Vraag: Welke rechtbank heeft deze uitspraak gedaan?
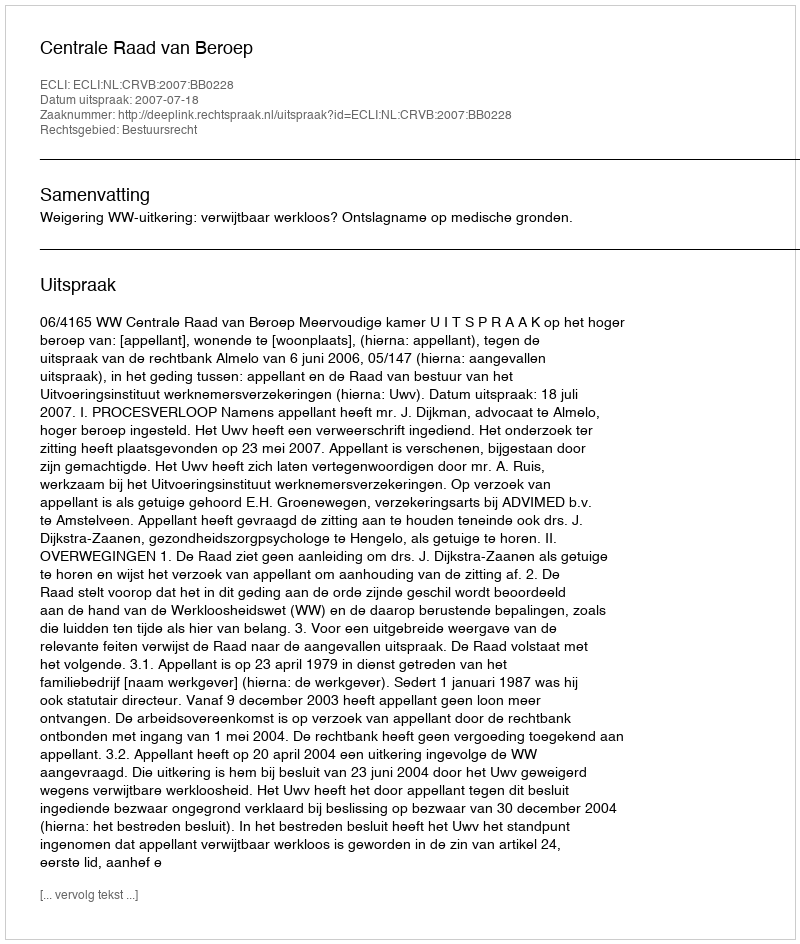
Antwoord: Centrale Raad van Beroep